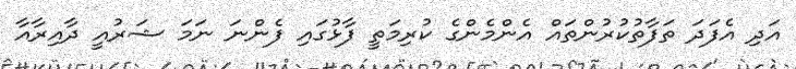
އަދި އެފަދަ ތަފާތުކުރުންތައް އެންމެންގެ ކުރިމަތީ ފާޅުގައި ފެންނަ ނަމަ ޝަރުއީ ދާއިރާއާ